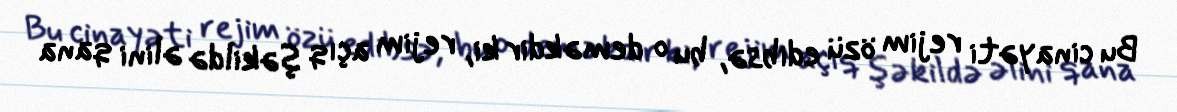
Bu cinayəti rejim özü edibsə, bu o deməkdir ki, rejim açıq şəkildə əlini qana